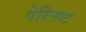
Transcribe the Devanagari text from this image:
पेरिनाट